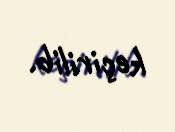
keçirilib.